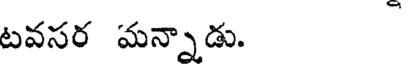
టవసర మన్నాడు.